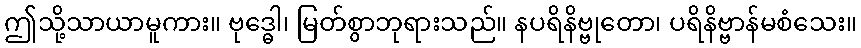
ဤသို့သာယာမူကား။ ဗုဒ္ဓေါ၊ မြတ်စွာဘုရားသည်။ နပရိနိဗ္ဗုတော၊ ပရိနိဗ္ဗာန်မစံသေး။